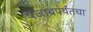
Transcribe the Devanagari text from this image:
पंजाबपर्यंतचा